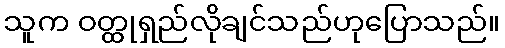
သူက ဝတ္ထုရှည်လိုချင်သည်ဟုပြောသည်။